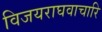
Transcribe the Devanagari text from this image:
विजयराघवाचारि